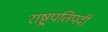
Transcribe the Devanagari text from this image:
राष्ट्रपतिपदी